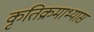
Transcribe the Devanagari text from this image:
कृतिक्रमाभ्यास